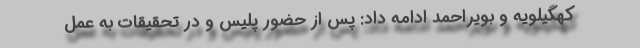
کهگیلویه و بویراحمد ادامه داد: پس از حضور پلیس و در تحقیقات به عمل